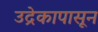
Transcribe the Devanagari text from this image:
उद्रेकापासून